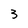
Character: 3